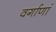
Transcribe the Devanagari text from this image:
वर्गाणां